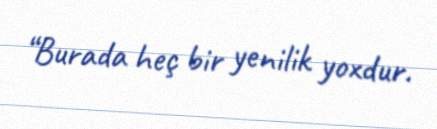
“Burada heç bir yenilik yoxdur.